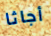
أجاثا